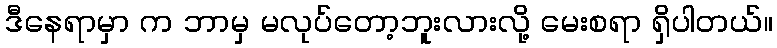
ဒီနေရာမှာ က ဘာမှ မလုပ်တော့ဘူးလားလို့ မေးစရာ ရှိပါတယ်။